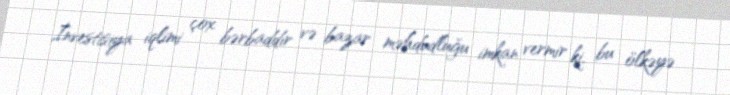
İnvestisiya iqlimi çox bərbaddır və bazar məhdudluğu imkan vermir ki, bu ölkəyə